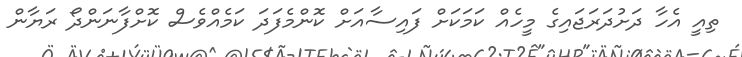
ތިއީ އެހާ ދަށުދަރަޖައިގެ މީހެއް ކަމަކަށް ފައިސާއަށް ކޮންމެފަދަ ކަމެއްވެސް ކޮށްފާނަންދޯ ރަޔާން